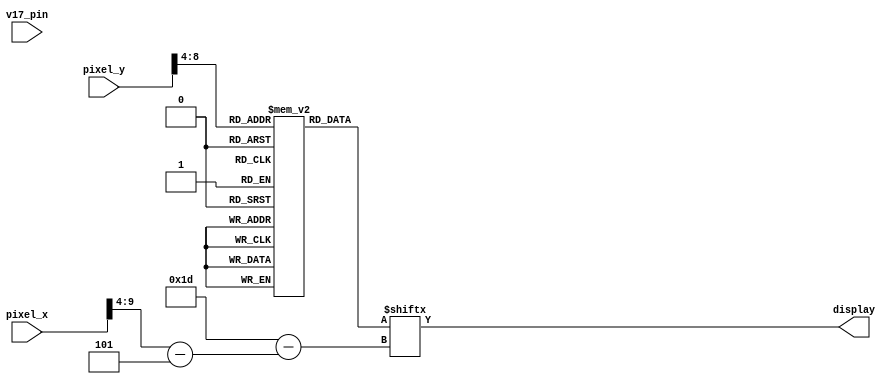

`timescale 1ns / 1ps
module start(pixel_x, pixel_y, display,v17_pin);
    input [9:0] pixel_x;
    input [9:0] pixel_y;
    input wire v17_pin;
    output display;

  reg [0:29] startup [29:0];
  
  wire [5:0] x = pixel_x[9:4] - 5;
  wire [5:0] y = pixel_y[9:4];
  assign display = startup[y][x];
  
  initial begin
    startup[0]  = 30'b111111111111111111111111111111; 
    startup[1]  = 30'b100000000000000000000000000001; 
    startup[2]  = 30'b100000000000000000000000000001; 
    startup[3]  = 30'b100000000000000000000000000001; 
    startup[4]  = 30'b100000000000000000000000000001; 
    startup[5]  = 30'b100000000000000000000000000001; 
    startup[6]  = 30'b100000000000000000000000000001; 
    startup[7]  = 30'b100000000000000000000000000001; 
    startup[8]  = 30'b100000000000000000000000000001; 
    startup[9]  = 30'b100000000000000000000000000001; 
    startup[10] = 30'b100000000000000000000000000001; 
    startup[11] = 30'b100000000000000000000000000001; 
    startup[12] = 30'b100000000000000000000000000001; 
    startup[13] = 30'b100000000000000000000000000001; 
    startup[14] = 30'b100000000000000000000000000001;
    startup[15] = 30'b100000000000000000000000000001;
    startup[16] = 30'b100000111011101110111001110001; 
    startup[17] = 30'b100000100001001010100100100001; 
    startup[18] = 30'b100000111001001110111000100001; 
    startup[19] = 30'b100000001001001010100100100001; 
    startup[20] = 30'b100000111001001010100100100001; 
    startup[21] = 30'b100000000000000000000000000001; 
    startup[22] = 30'b100000000000000000000000000001; 
    startup[23] = 30'b100000000000000000000000000001; 
    startup[24] = 30'b100000000000000000000000000001; 
    startup[25] = 30'b100000000000000000000000000001; 
    startup[26] = 30'b100000000000000000000000000001; 
    startup[27] = 30'b100000000000000000000000000001; 
    startup[28] = 30'b100000000000000000000000000001; 
    startup[29] = 30'b111111111111111111111111111111; 
  end
endmodule